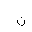
Letter: _non